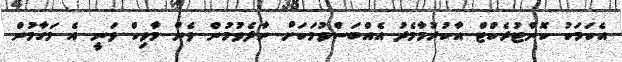
އެކަމަކު ކޮންޓުރެކްޓް އާކުރުމާމެދު އެއްބަސްވުމަކަށް ނާދެވުމުން ވެން މާވިކް ވަނީ އެ މަގާމުން